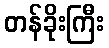
တန်ခိုးကြီး